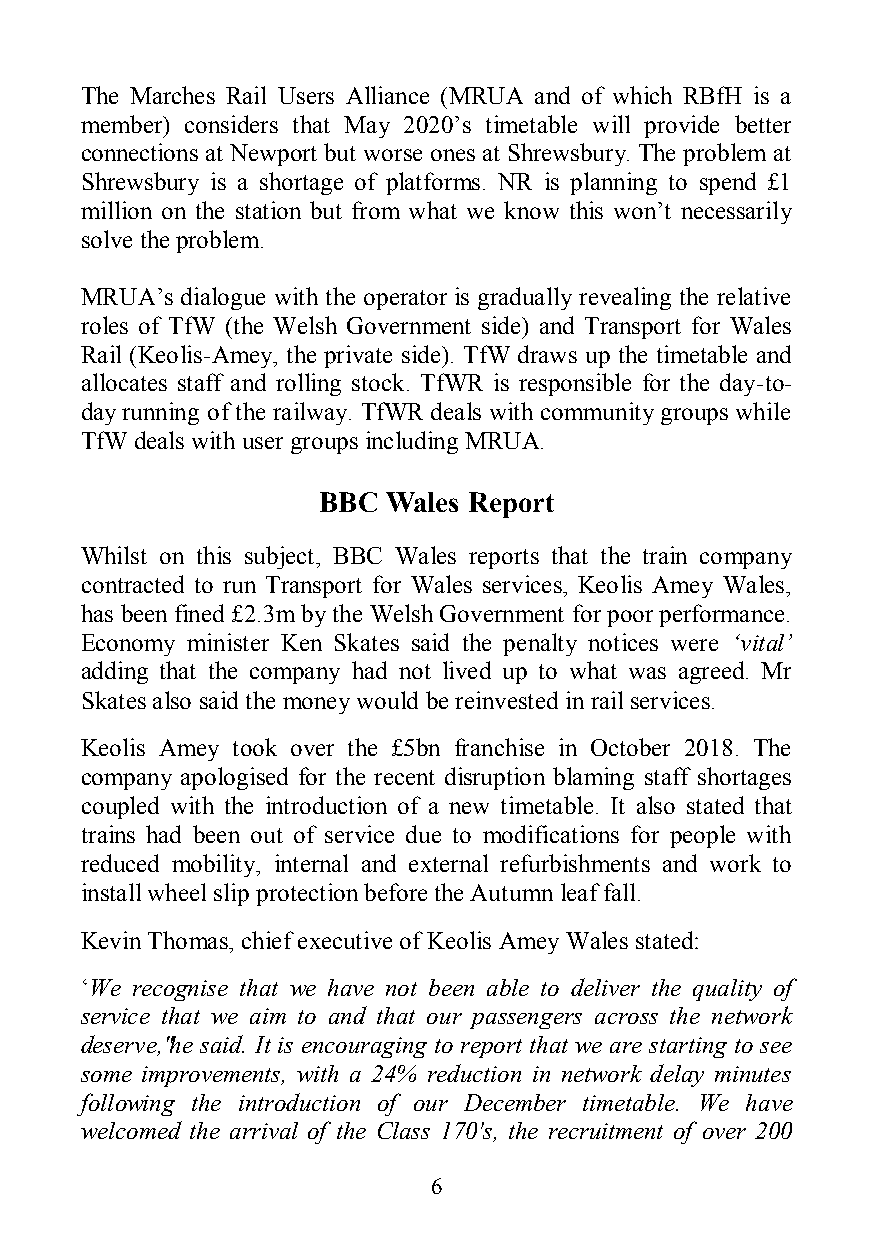
The Marches Rail Users Alliance (MRUA and of which RBfH is a
 member) considers that May 2020’s timetable will provide better
 connections at Newport but worse ones at Shrewsbury. The problem at
 Shrewsbury is a shortage of platforms. NR is planning to spend £1
 million on the station but from what we know this won’t necessarily
 solve the problem.
 MRUA’s dialogue with the operator is gradually revealing the relative
 roles of TfW (the Welsh Government side) and Transport for Wales
 Rail (Keolis-Amey, the private side). TfW draws up the timetable and
 allocates staff and rolling stock. TfWR is responsible for the day-to-
 day running of the railway. TfWR deals with community groups while
 TfW deals with user groups including MRUA.
 BBC  Wales Report
 Whilst on this subject, BBC Wales reports that the train company
 contracted to run Transport for Wales services, Keolis Amey Wales,
 has been fined £2.3m by the Welsh Government for poor performance.
 Economy minister Ken Skates said the penalty notices were ‘vital’
 adding that the company had not lived up to what was agreed. Mr
 Skates also said the money would be reinvested in rail services.
 Keolis Amey took over the £5bn franchise in October 2018. The
 company apologised for the recent disruption blaming staff shortages
 coupled with the introduction of a new timetable. It also stated that
 trains had been out of service due to modifications for people with
 reduced mobility, internal and external refurbishments and work to
 install wheel slip protection before the Autumn leaf fall.
 Kevin Thomas, chief executive of Keolis Amey Wales stated:
 ‘We recognise that we have not been able to deliver the quality of
 service that we aim to and that our passengers across the network
 deserve," he said. It is encouraging to report that we are starting to see
 some improvements, with a 24% reduction in network delay minutes
 following the introduction of our December timetable. We have
 welcomed the arrival of the Class 170's, the recruitment of over 200
 6